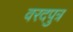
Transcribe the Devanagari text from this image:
वरदपुत्र